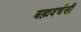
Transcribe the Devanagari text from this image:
बह्मवर्चसी